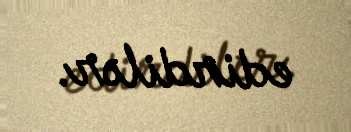
edirdilər.